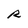
Character: R